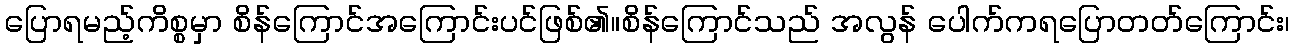
ပြောရမည့်ကိစ္စမှာ စိန်ကြောင်အကြောင်းပင်ဖြစ်၏။စိန်ကြောင်သည် အလွန် ပေါက်ကရပြောတတ်ကြောင်း၊